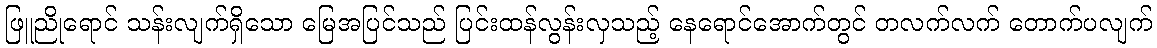
ဖြူညိုရောင် သန်းလျက်ရှိသော မြေအပြင်သည် ပြင်းထန်လွန်းလှသည့် နေရောင်အောက်တွင် တလက်လက် တောက်ပလျက်